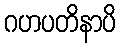
ဂဟပတိနာပိ